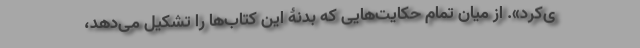
ی‌کرد». از میان تمام حکایت‌هایی که بدنۀ این کتاب‌ها را تشکیل می‌دهد،